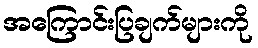
အကြောင်းပြချက်များကို